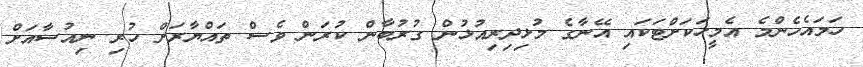
ހަމައެހެންމެ އެމީހަކަށްޓަކައި އޭނާގެ މުޅިދިރިއުޅުން ގުރުބާން ކުރަން ވެސް ތައްޔާރަށް ހުރި ނިއުސާއަށް